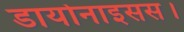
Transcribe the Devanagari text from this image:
डायोनाइसस।